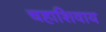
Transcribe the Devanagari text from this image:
चहाशिवाय